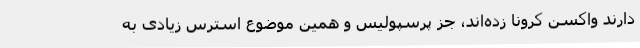
دارند واکسن کرونا زده‌اند، جز پرسپولیس و همین موضوع استرس زیادی به